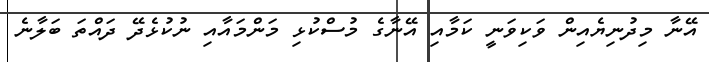
އޭނާ މިދުނިޔެއިން ވަކިވަނީ ކަމާއި އޭނާގެ މުސްކުޅި މަންމައާއި ނުކުޅެދޭ ދައްތަ ބަލާނެ